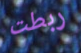
ربطت